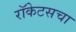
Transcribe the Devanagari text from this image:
रॉकेटसचा